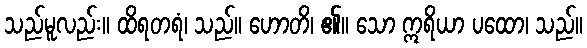
သည်မူလည်း။ ထိရတရံ၊ သည်။ ဟောတိ၊ ၏။ သော ဣရိယာ ပထော၊ သည်။